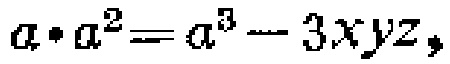
\(a\cdot a^{2}=a^{3}-3xyz\)